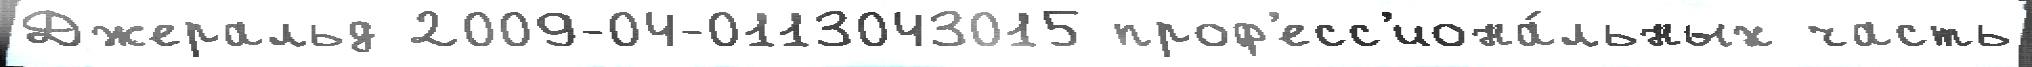
Джеральд 2009-04-0113043015 проф'есс'иона́льных часть